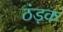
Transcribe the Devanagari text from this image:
ठंड़क